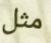
مثل